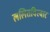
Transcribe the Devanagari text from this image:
ललितविस्वार